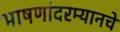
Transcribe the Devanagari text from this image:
भाषणांदरम्यानचे